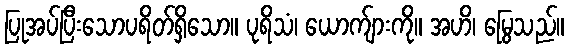
ပြုအပ်ပြီးသောပရိတ်ရှိသော။ ပုရိသံ၊ ယောက်ျားကို။ အဟိ၊ မြွေသည်။